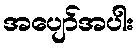
အပျော်အပါး